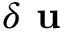
\delta \textbf { u }